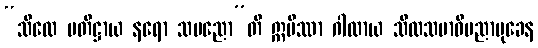
“သီလေ ပတိဋ္ဌာယ နရော သပညော”တိ ဣမိဿာ ဂါထာယ သီလသမာဓိပညာမုခေန